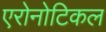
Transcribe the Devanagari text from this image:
एरोनोटिकल